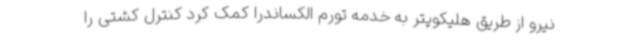
نیرو از طریق هلیکوپتر به خدمه تورم الکساندرا کمک کرد کنترل کشتی را